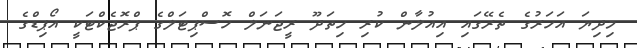
މިދިޔަ އަހަރުގެ ތެރޭގައި އިއުލާން ކުރި ހިތަދޫ ރީޖަނަލް ހޮސްޕިޓަލްގެ ޕްރޮޖެކްޓަކީ އޯޕިޑްގެ